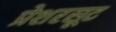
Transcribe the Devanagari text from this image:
प्रेशरसूट